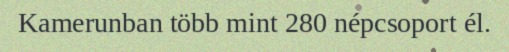
Kamerunban több mint 280 népcsoport él.